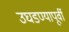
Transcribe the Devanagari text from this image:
उघडण्यापूर्वी